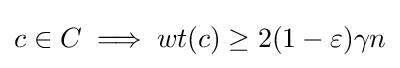
c\in C\implies wt(c)\geq 2(1-\varepsilon )\gamma n